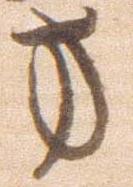
方